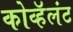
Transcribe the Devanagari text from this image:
कोव्हॅलंट